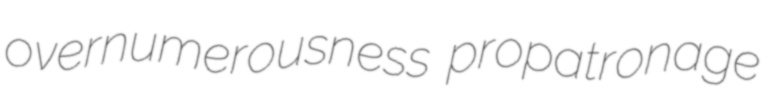
overnumerousness propatronage